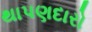
થાપણદારો